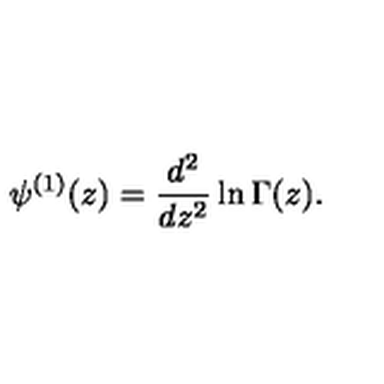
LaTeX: \psi ^ { ( 1 ) } ( z ) = \frac { d ^ { 2 } } { d z ^ { 2 } } \ln \Gamma ( z ) .